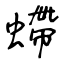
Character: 螮